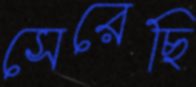
সেরেছি